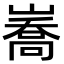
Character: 㠐